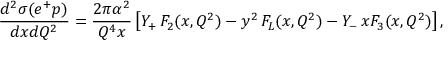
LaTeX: \frac { d ^ { 2 } \sigma ( e ^ { + } p ) } { d x d Q ^ { 2 } } = \frac { 2 \pi \alpha ^ { 2 } } { Q ^ { 4 } x } \left[ Y _ { + } \, F _ { 2 } ( x , Q ^ { 2 } ) - y ^ { 2 } \, F _ { L } ( x , Q ^ { 2 } ) - Y _ { - } \, x F _ { 3 } ( x , Q ^ { 2 } ) \right] ,